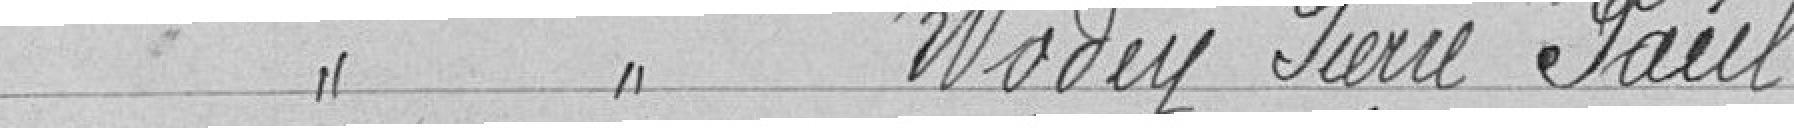
Classe 1926 WODEY Pierre Paul